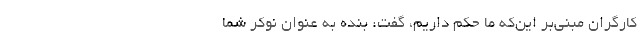
کارگران مبنی‌بر این‌که ما حکم داریم، گفت: بنده به عنوان نوکر شما